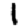
Digit: 1